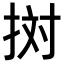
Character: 𢬭